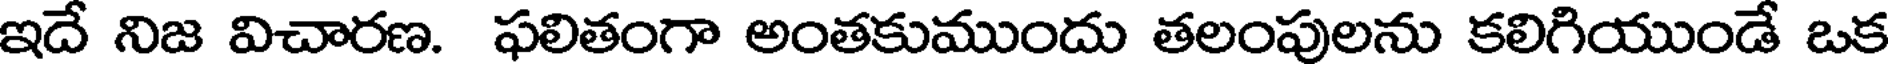
ఇదే నిజ విచారణ. ఫలితంగా అంతకుముందు తలంపులను కలిగియుండే ఒక